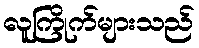
လူကြိုက်များသည်